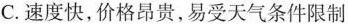
C.速度快，价格昂贵，易受天气条件限制